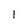
Character: 1